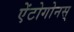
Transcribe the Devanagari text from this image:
ऐंटोगोनस्‌